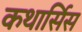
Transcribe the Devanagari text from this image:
कथार्सिस